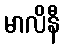
မာလိနီ